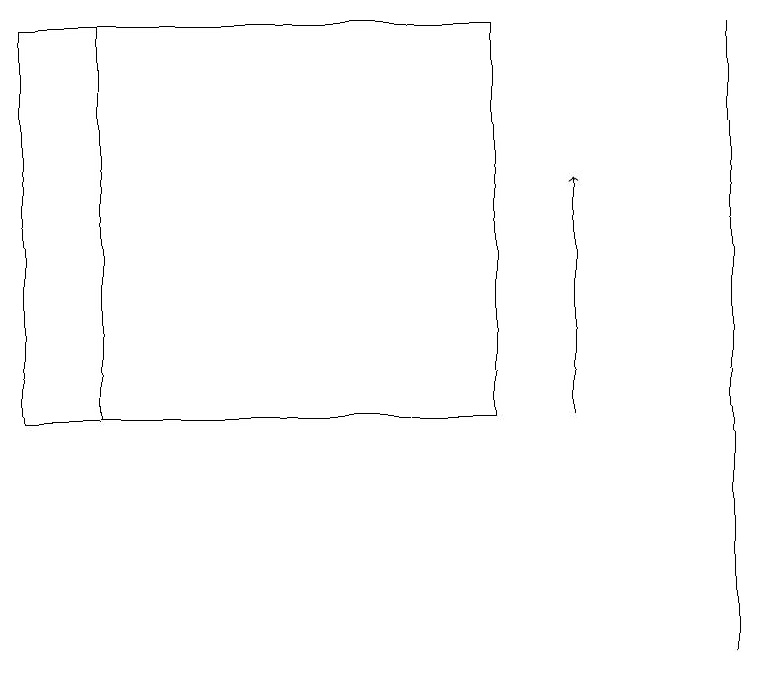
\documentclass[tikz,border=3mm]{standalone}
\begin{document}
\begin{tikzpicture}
\draw (9,10) rectangle (9,18);
\draw (6,18) rectangle (0,13);
\draw[->] (7,13) -- (7,16);
\draw (1,18) rectangle (6,13);
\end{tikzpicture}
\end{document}